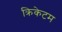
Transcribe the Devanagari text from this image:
क्रिकेटम